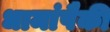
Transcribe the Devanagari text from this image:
धामांपैकी